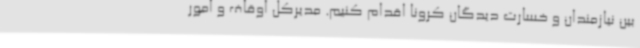
بین نیازمندان و خسارت دیدگان کرونا اقدام کنیم. مدیرکل اوقاف و امور